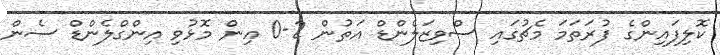
ކޮލިފައިންގެ ފުރަތަމަ މެޗުގައި ސްވިޒަލެންޑް އަތުން 2-0 އިން މޮޅުވި އިންގްލެންޑް ސެން